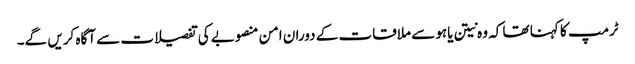
ٹرمپ کا کہنا تھا کہ وہ نیتن یاہو سے ملاقات کے دوران امن منصوبے کی تفصیلات سے آگاہ کریں گے۔